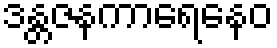
ဒန္တဇနကာရေနေဝ